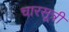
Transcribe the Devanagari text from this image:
चारसूत्री